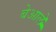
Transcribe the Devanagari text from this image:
बेआले